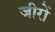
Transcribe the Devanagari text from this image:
जीरों